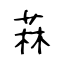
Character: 菻